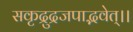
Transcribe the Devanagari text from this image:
सकृद्रुद्रजपाद्भवेत्।।